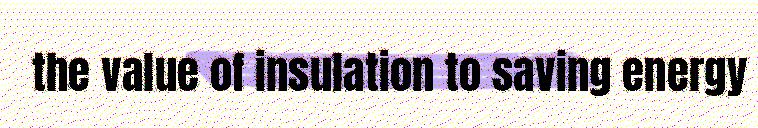
the value of insulation to saving energy